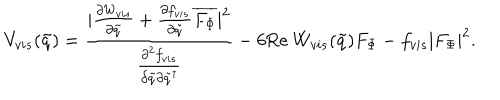
LaTeX: V _ { v i s } ( \tilde { q } ) = \frac { | \frac { \partial W _ { v i s } } { \partial \tilde { q } } + \frac { \partial f _ { v i s } } { \partial \tilde { q } } \overline { { { F _ { \Phi } } } } | ^ { 2 } } { \frac { \partial ^ { 2 } f _ { v i s } } { \partial \tilde { q } \partial \tilde { q } ^ { \dagger } } } - 6 \mathrm { R e } ~ W _ { v i s } ( \tilde { q } ) F _ { \Phi } - f _ { v i s } | F _ { \Phi } | ^ { 2 } .